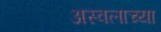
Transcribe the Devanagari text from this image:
अस्वलाच्या